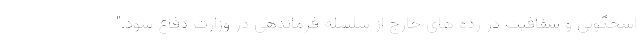
اسخگویی و شفافیت در رده های خارج از سلسله فرماندهی در وزارت دفاع شود."